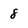
Character: 8